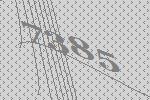
7385